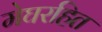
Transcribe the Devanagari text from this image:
मेघरहित